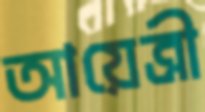
আয়েত্রী